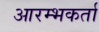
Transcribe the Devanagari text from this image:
आरम्भकर्ता